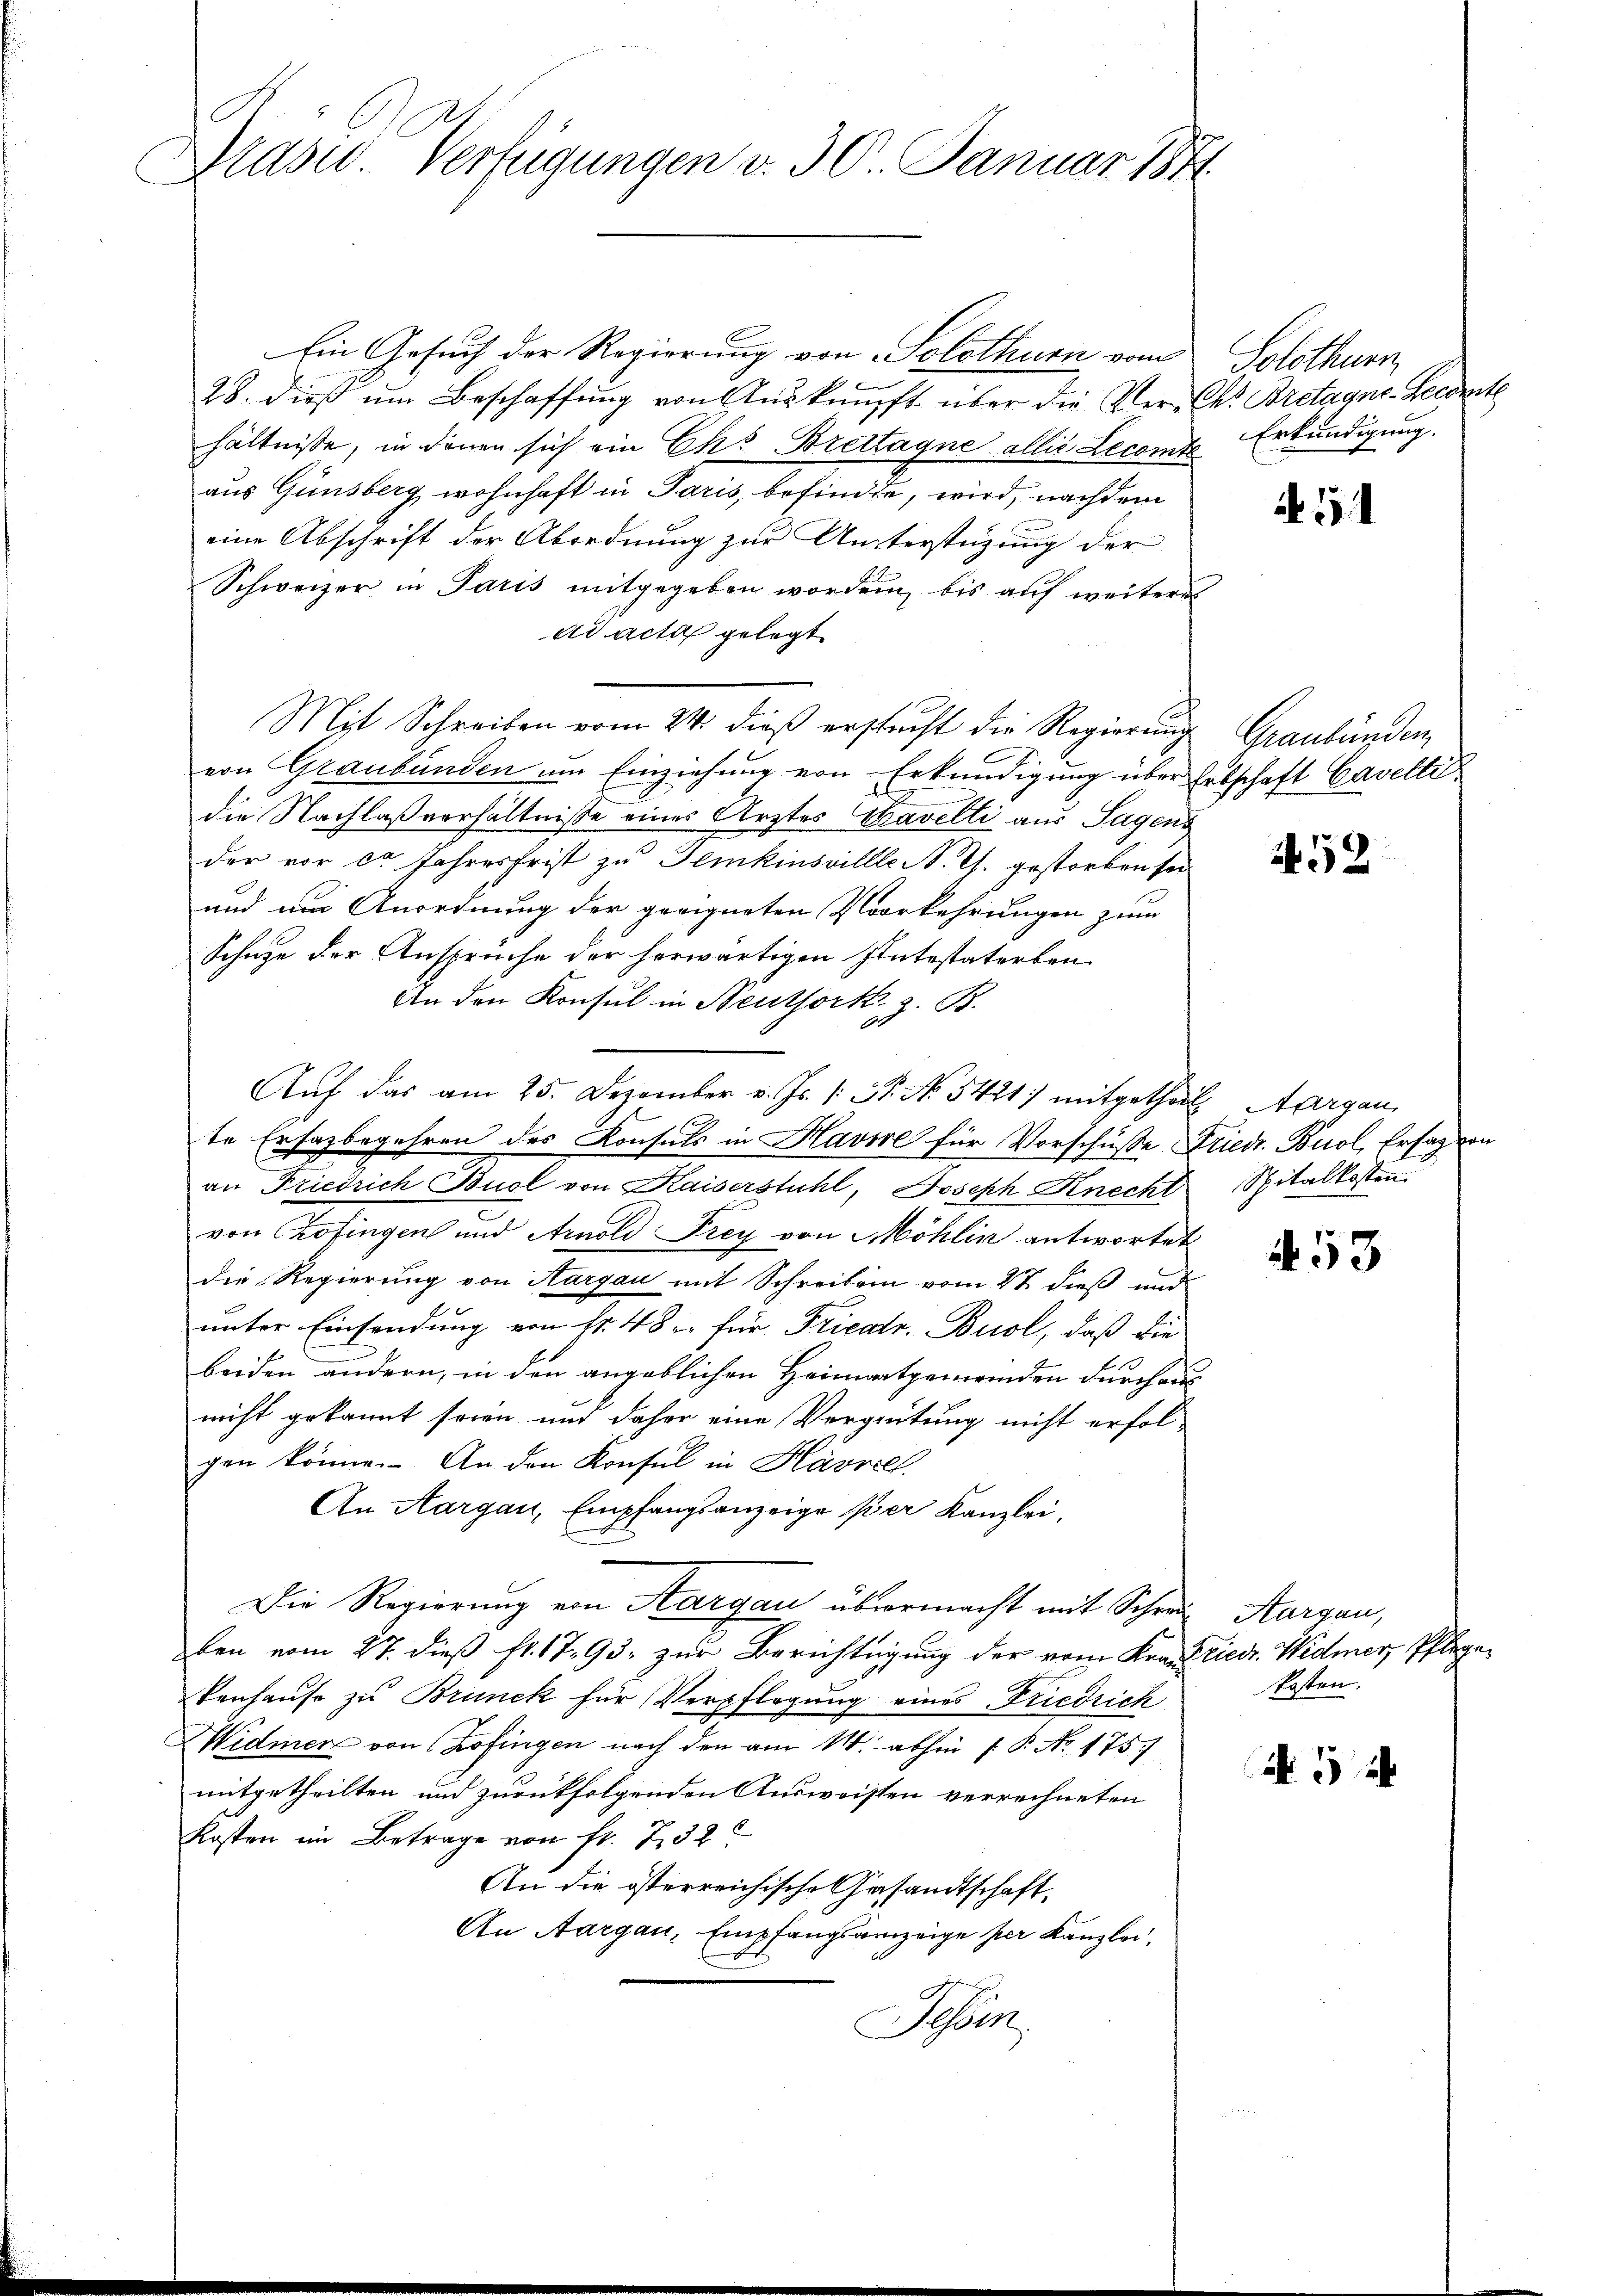
Präsid. Verfügungen v. 30. Januar 1874.

Ein Gesuch der Regierung von Solothurn vom
28. dieß um Beschaffŭng von Aŭsknüpft über die Ver- Ch. Bretagne-Secret
hältnisse, in denen sich ein Ehr Brettagne allis Lecomte Erkundigung.
aus Günsberg wohnhaft in Paris, befinde, wird, nachdem
eine Abschrift der Abordnung zur Unterstüzung der
Schweizer in Paris mitgegeben worden, bis auf weiteres
ad acta gelegt
Mit Schreiben vom 24. dieβ erstŭcht die Regierŭng
von Graubünden um Einziehung von Erkundigung über Erbschaft Gavelli
.
die Nachlaßverhältnisse eines Arztes Tavelli aus Tagens
der vor ca Jahresfrist zu Temkinsvillle N. Ch. gestorben sei
und und Anordnung der geeigneten Vorkehrungen zum
Schüge der Ansprüche der herwärtigen Intestaterben
An den Konsul in Neuthork z. B.
Auf das am 25. Dezember v. Js. 1. N. N. 5421) mitgetheil, Aargau,
te Ersazbegehren des Konsuls in Havore für Vorschüsse Friedr. Buol, Ersag von
an Friedrich Buol von Kaiserstuhl, Joseph Knecht Spitalkosten.
von Zofingen und Arnold Frey von Möhlin antwortet
die Regierung von Aargau mit Schreiben vom 2t dieß und
unter Einsendung von Nr. 48 u. für Frieatr. Buol, daß die
beiden andern, in den angeblichen Heimatgemeinden durchaus
nicht gekannt sowie und daher eine Vergütung nicht erfol-
gen könne. An den Konsul in Hasselt.
An Aargau, Empfangsanzeige per Kanzlei,
Die Regierung von Aargau übermacht mit Schrei Aargau,
ben vom 27. dieß fr. 1793. zur Berichtigung der vom Krant liedr. Widmer, Pflegekenhause zu Brunck für Verpflegung eines Friedrich
WWidmer von Zofingen nach den am 11. abhin 1 P. Nr. 175.)
mitgetheilten und zurückfolgenden Ausweisten verrechneten
Kosten im Betrage von fr. 232
An die österreichische Gesandtschaft
An Aargau, Empfangsanzeige per Kanzlei,
Jessen.

Solothurn

15

Graubünden

52

453

kosten.